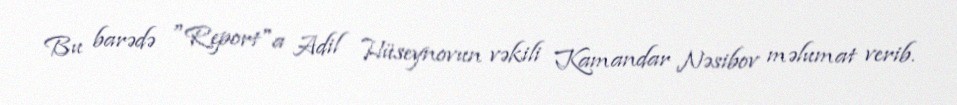
Bu barədə "Report"a Adil Hüseynovun vəkili Kamandar Nəsibov məlumat verib.